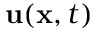
\mathbf { u } ( \mathbf { x } , t )